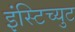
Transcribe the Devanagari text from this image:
इंस्टिच्युट